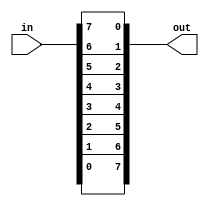
module vectorr (
  input [7:0] in,
  output [7:0] out

);

  assign {out[0],out[1],out[2],out[3],out[4],out[5],out[6],out[7]} = in;

endmodule